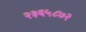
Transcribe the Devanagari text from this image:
२३६५८७२